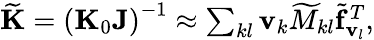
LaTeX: \begin{array}{r}{{\widetilde{\mathbf K}}=\left({\mathbf K}_{0}{\mathbf J}\right)^{-1}\approx\sum_{kl}{\mathbf v}_{k}{\widetilde M_{kl}}{\widetilde{\mathbf f}_{{\mathbf v}_{l}}^{T}},}\end{array}